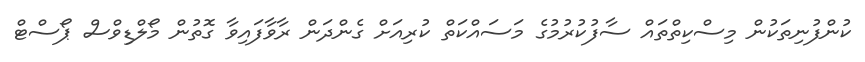
ކުންފުނިތަކުން މިސްކިތްތައް ސާފުކުރުމުގެ މަސައްކަތް ކުރިއަށް ގެންދަން ރާވާފައިވާ ގޮތުން މޯލްޑިވްސް ޕޯސްޓް